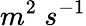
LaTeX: m^{2}\ s^{-1}